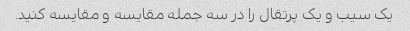
یک سیب و یک پرتقال را در سه جمله مقایسه و مقایسه کنید.